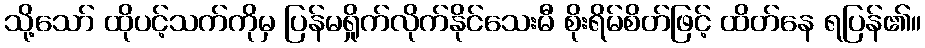
သို့သော် ထိုပင့်သက်ကိုမှ ပြန်မရှိုက်လိုက်နိုင်သေးမီ စိုးရိမ်စိတ်ဖြင့် ထိတ်နေ ရပြန်၏။